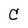
Character: C